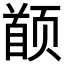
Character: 𬱯